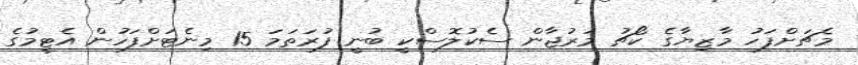
މެޗަށްފަހު މާޒިޔާގެ ކޯޗު މަރުޖާން ސެކުލޮސްކީ ބުނީ ފުރަތަމަ 15 މިނެޓަށްފަހުން އެޓީމުގެ